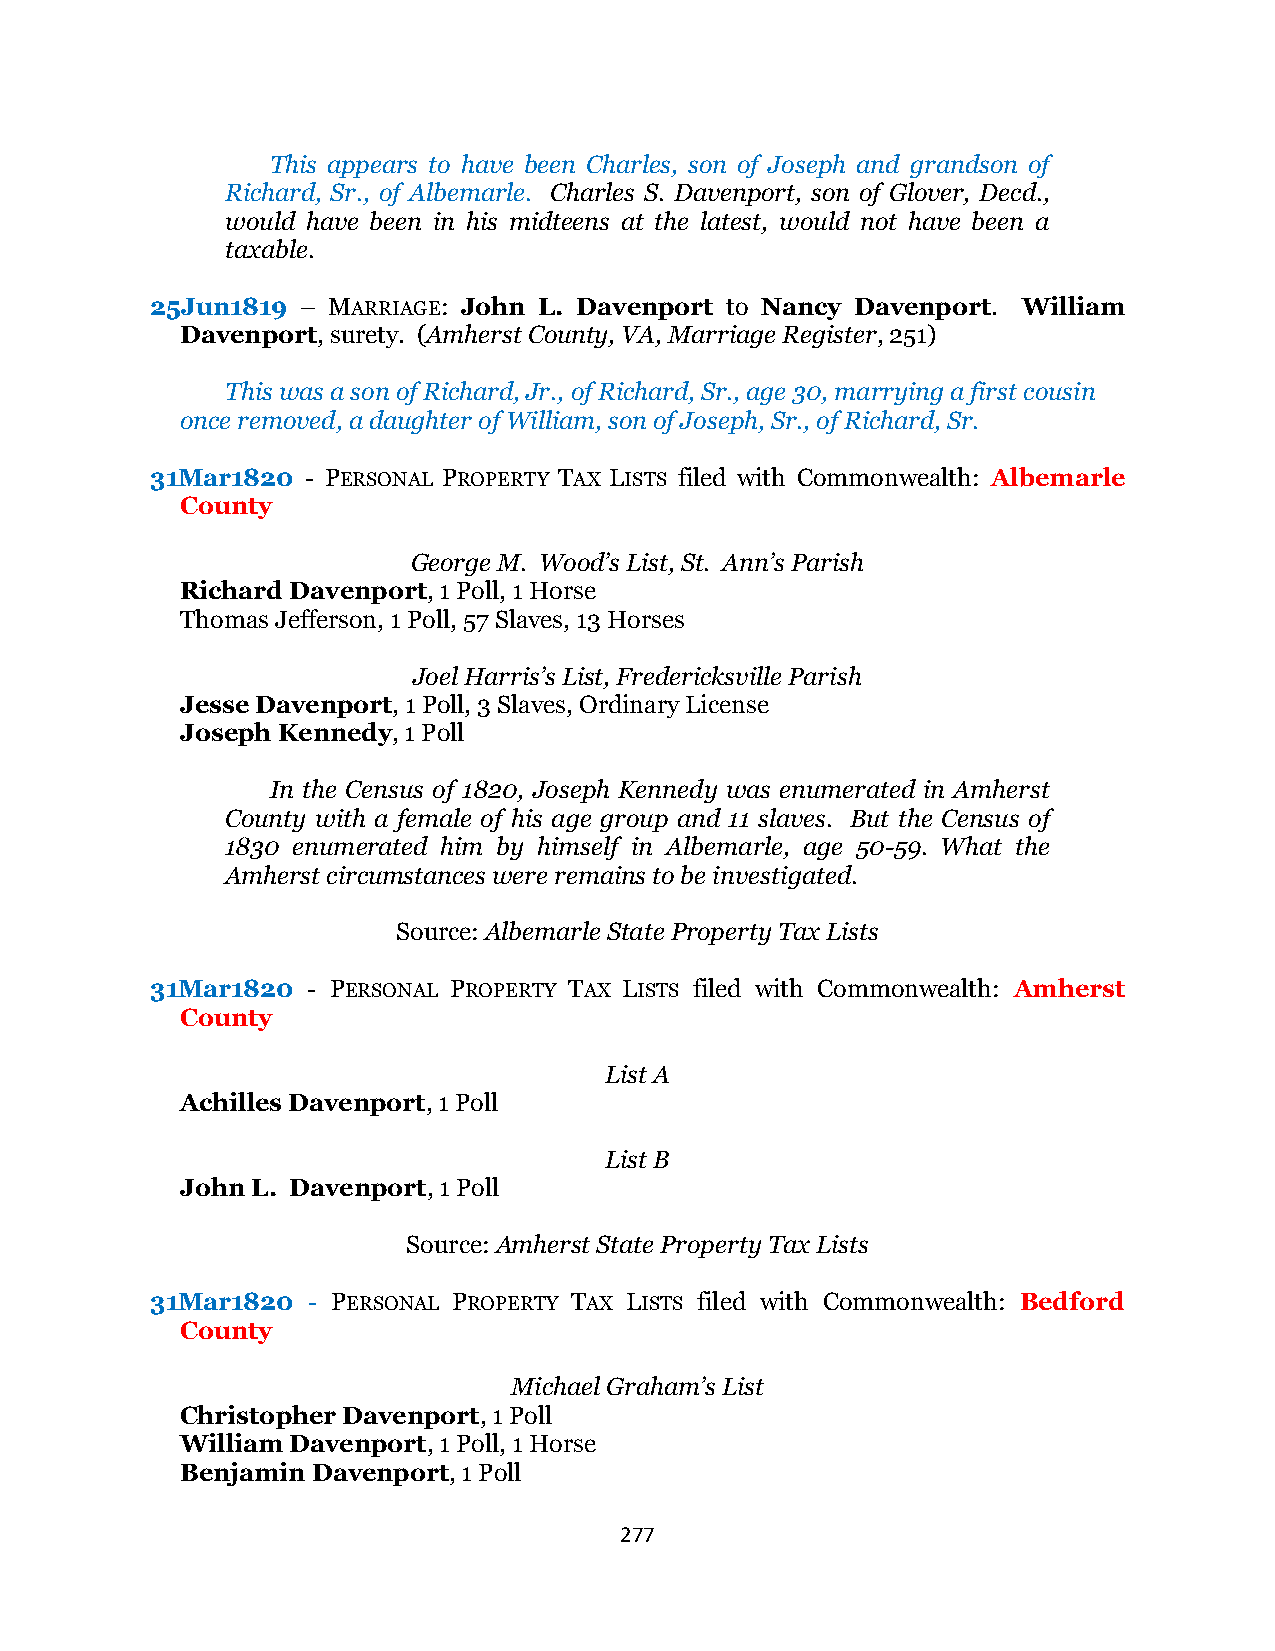
This appears to have been Charles, son of Joseph and grandson of
 Richard, Sr., of Albemarle. Charles S. Davenport, son of Glover, Decd.,
 would have been in his midteens at the latest, would not have been a
 taxable.
 25Jun1819 – MARRIAGE: John L. Davenport to Nancy Davenport. William
 Davenport, surety. (Amherst County, VA, Marriage Register, 251)
 This was a son of Richard, Jr., of Richard, Sr., age 30, marrying a first cousin
 once removed, a daughter of William, son of Joseph, Sr., of Richard, Sr.
 31Mar1820 - PERSONAL PROPERTY TAX LISTS filed with Commonwealth: Albemarle
 County
 George M. Wood’s List, St. Ann’s Parish
 Richard Davenport, 1 Poll, 1 Horse
 Thomas Jefferson, 1 Poll, 57 Slaves, 13 Horses
 Joel Harris’s List, Fredericksville Parish
 Jesse Davenport, 1 Poll, 3 Slaves, Ordinary License
 Joseph Kennedy, 1 Poll
 In the Census of 1820, Joseph Kennedy was enumerated in Amherst
 County with a female of his age group and 11 slaves. But the Census of
 1830 enumerated him by himself in Albemarle, age 50-59. What the
 Amherst circumstances were remains to be investigated.
 Source: Albemarle State Property Tax Lists
 31Mar1820 - PERSONAL PROPERTY TAX LISTS filed with Commonwealth: Amherst
 County
 List A
 Achilles Davenport, 1 Poll
 List B
 John L. Davenport, 1 Poll
 Source: Amherst State Property Tax Lists
 31Mar1820 - PERSONAL PROPERTY TAX LISTS filed with Commonwealth: Bedford
 County
 Michael Graham’s List
 Christopher Davenport, 1 Poll
 William Davenport, 1 Poll, 1 Horse
 Benjamin Davenport, 1 Poll
 277